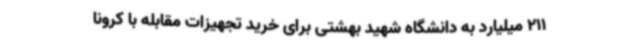
211 میلیارد به دانشگاه شهید بهشتی برای خرید تجهیزات مقابله با کرونا